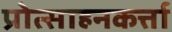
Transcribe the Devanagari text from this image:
प्रोत्साहनकर्त्ता